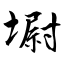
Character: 墛